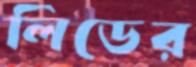
লিডের